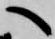
へ